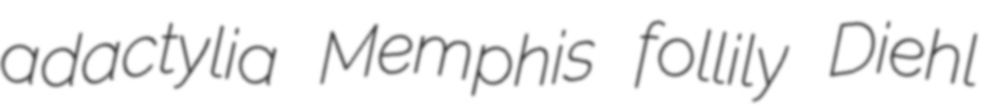
adactylia Memphis follily Diehl